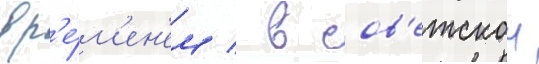
вр'е́м'ен'ем / в сов'етскои